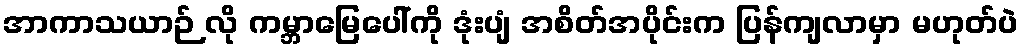
အာကာသယာဉ် လို ကမ္ဘာမြေပေါ်ကို ဒုံးပျံ အစိတ်အပိုင်းက ပြန်ကျလာမှာ မဟုတ်ပဲ